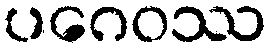
ပဂေဝဿ